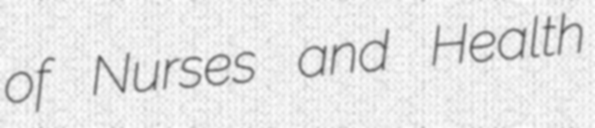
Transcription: of Nurses and Health